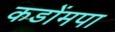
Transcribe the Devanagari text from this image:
कडोंमपा